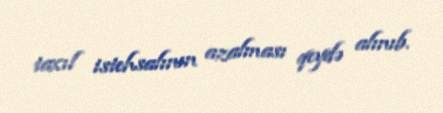
taxıl istehsalının azalması qeydə alınıb.